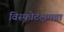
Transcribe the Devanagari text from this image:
विस्फोटक्षमता